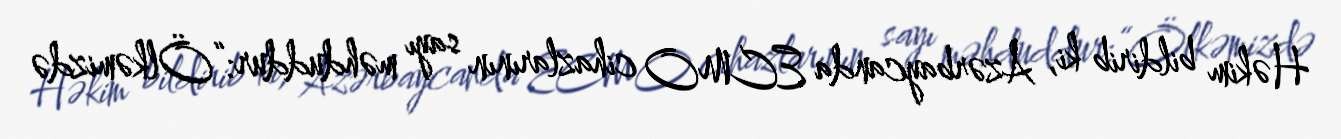
Həkim bildirib ki, Azərbaycanda ECMO cihazlarının sayı məhduddur:“Ölkəmizdə